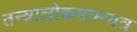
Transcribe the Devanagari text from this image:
तन्त्रालोकमाम्न्यत्र